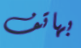
بهاتف